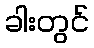
ခါးတွင်